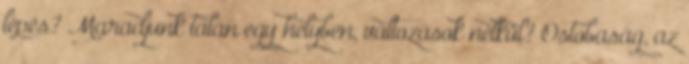
lépés? Maradjunk talán egy helyben, változások nélkül? Ostobaság, az